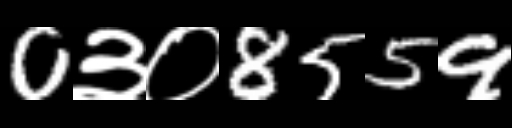
Text: 0३०8559